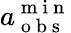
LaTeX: a_{\mathrm{~o~b~s~}}^{\mathrm{~m~i~n~}}